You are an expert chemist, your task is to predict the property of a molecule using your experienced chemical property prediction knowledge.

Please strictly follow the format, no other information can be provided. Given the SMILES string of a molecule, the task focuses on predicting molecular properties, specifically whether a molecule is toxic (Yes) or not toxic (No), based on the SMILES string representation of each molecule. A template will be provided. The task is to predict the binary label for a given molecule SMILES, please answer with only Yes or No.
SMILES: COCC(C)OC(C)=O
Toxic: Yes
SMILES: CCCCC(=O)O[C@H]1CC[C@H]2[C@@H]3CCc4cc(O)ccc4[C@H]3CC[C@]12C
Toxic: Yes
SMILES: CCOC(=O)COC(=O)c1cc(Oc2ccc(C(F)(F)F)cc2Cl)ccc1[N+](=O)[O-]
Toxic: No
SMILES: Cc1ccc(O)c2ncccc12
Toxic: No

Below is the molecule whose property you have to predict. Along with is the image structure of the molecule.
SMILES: CCCCOC(=O)CC
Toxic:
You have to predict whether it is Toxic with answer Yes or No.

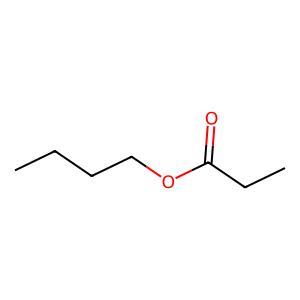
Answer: No